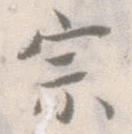
宗